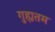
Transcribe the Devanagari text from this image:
गुह्यतम